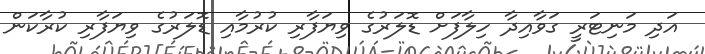
އަދި މަނިޓަރީ ގަވާއިދާ ހިލާފަށް ޑޮލަރުގެ ވިޔަފާރި ކުރުމާއި ޑޮލަރުގެ ވިޔަފާރި ކުރާކަން